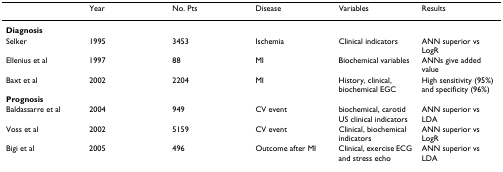
|  | Year | No. Pts | Disease | Variables | Results |
 | --- | --- | --- | --- | --- | --- |
 | <COLSPAN=6> Diagnosis |
 | Selker | 1995 | 3453 | Ischemia | Clinical indicators | ANN superior vs LogR |
 | Ellenius et al | 1997 | 88 | MI | Biochemical variables | ANNs give added value |
 | Baxt et al | 2002 | 2204 | MI | History, clinical, biochemical EGC | High sensitivity (95%) and specificity (96%) |
 | <COLSPAN=6> Prognosis |
 | Baldassarre et al | 2004 | 949 | CV event | biochemical, carotid US clinical indicators | ANN superior vs LDA |
 | Voss et al | 2002 | 5159 | CV event | Clinical, biochemical indicators | ANN superior vs LogR |
 | Bigi et al | 2005 | 496 | Outcome after MI | Clinical, exercise ECG and stress echo | ANN superior vs LDA |